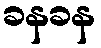
ခနခန